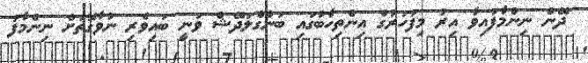
ދޭން ނިންމާފައިވާ އިރު މިފަހަރުގެ އިންތިހާބުގައި ބަންގްލަދޭޝް ވަނީ ބައިވެރި ނުވާގޮތަށް ނިންމާފަ